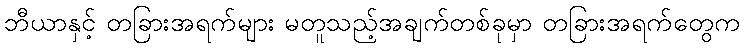
ဘီယာနှင့် တခြားအရက်များ မတူသည့်အချက်တစ်ခုမှာ တခြားအရက်တွေက